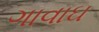
ગાવાઘ